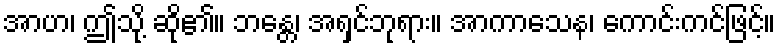
အာဟ၊ ဤသို့ ဆို၏။ ဘန္တေ၊ အရှင်ဘုရား။ အာကာသေန၊ ကောင်းကင်ဖြင့်။